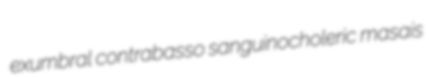
exumbral contrabasso sanguinocholeric masais